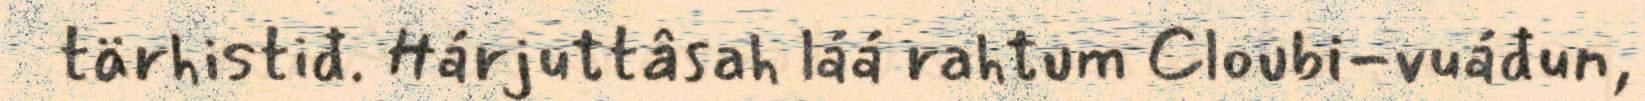
tärhistiđ. Hárjuttâsah láá rahtum Cloubi-vuáđun,